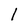
Character: 1